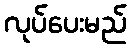
လုပ်ပေးမည်